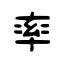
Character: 率